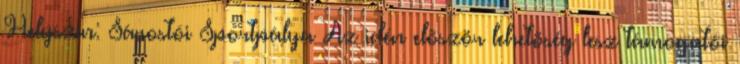
Helyszín: Sárostói Sportpálya Az idén elõször lehetõség lesz támogatói